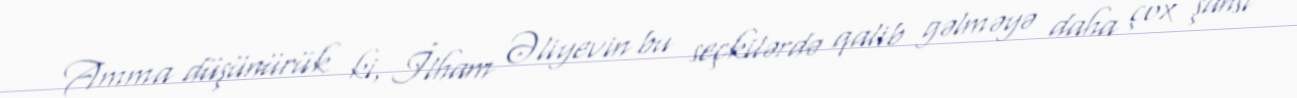
Amma düşünürük ki, İlham Əliyevin bu seçkilərdə qalib gəlməyə daha çox şansı